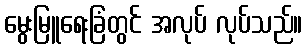
မွေးမြူရေးခြံတွင် အလုပ် လုပ်သည်။